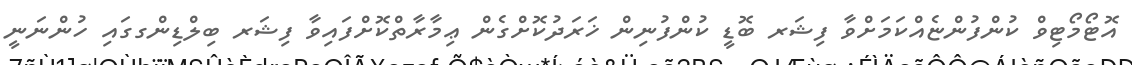
އޮޓޯމޯޓިވް ކުންފުންޏެއްކަމަށްވާ ފިޝަރ ބޮޑީ ކުންފުނިން ޚަރަދުކޮށްގެން ޢިމާރާތްކޮށްފައިވާ ފިޝަރ ބިލްޑިންގގައި ހުންނަނީ